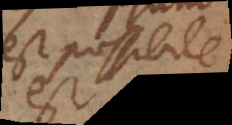
est possibile.